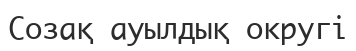
Созақ ауылдық округі